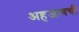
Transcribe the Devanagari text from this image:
अहजाबची